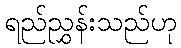
ရည်ညွှန်းသည်ဟု